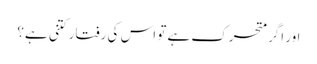
اور اگر متحرک ہے تو اس کی رفتار کتنی ہے؟